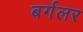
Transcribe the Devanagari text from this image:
बर्गलर